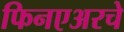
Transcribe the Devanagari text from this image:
फिनएअरचे